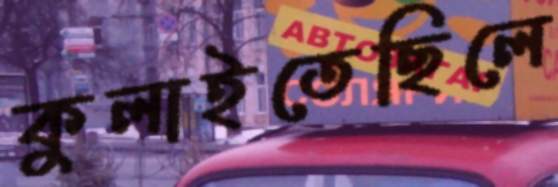
কুলাইতেছিলে